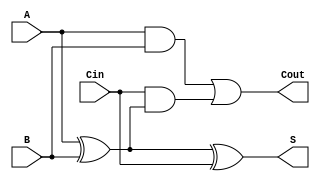
module full_adder (
    input wire A,    // First binary input
    input wire B,    // Second binary input
    input wire Cin,  // Carry-in input
    output wire S,   // Sum output
    output wire Cout // Carry-out output
);

// Sum calculation
assign S = A ^ B ^ Cin;

// Carry-out calculation
assign Cout = (A & B) | (Cin & (A ^ B));

endmodule